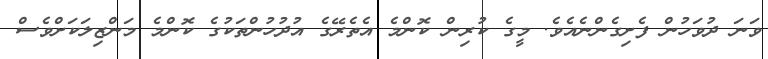
ވަނަ ދުވަހުން ފެށިގެންނެއެވެ. މީގެ ކުރިން ކޮންމެ އެތެރޭގެ އުދުހުންތަކުގެ ކޮންމެ މަންޒިލަކަށްވެސް